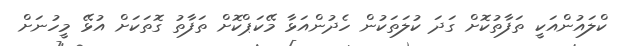
ކްލައުންއަކީ ތަފާތުކޮށް ގަދަ ކުލަަތަކުން ހެދުންއަޅާ މޭކަޕްކޮށް ތަފާތު ގޮތަކަށް އުޅޭ މީހުނަށް